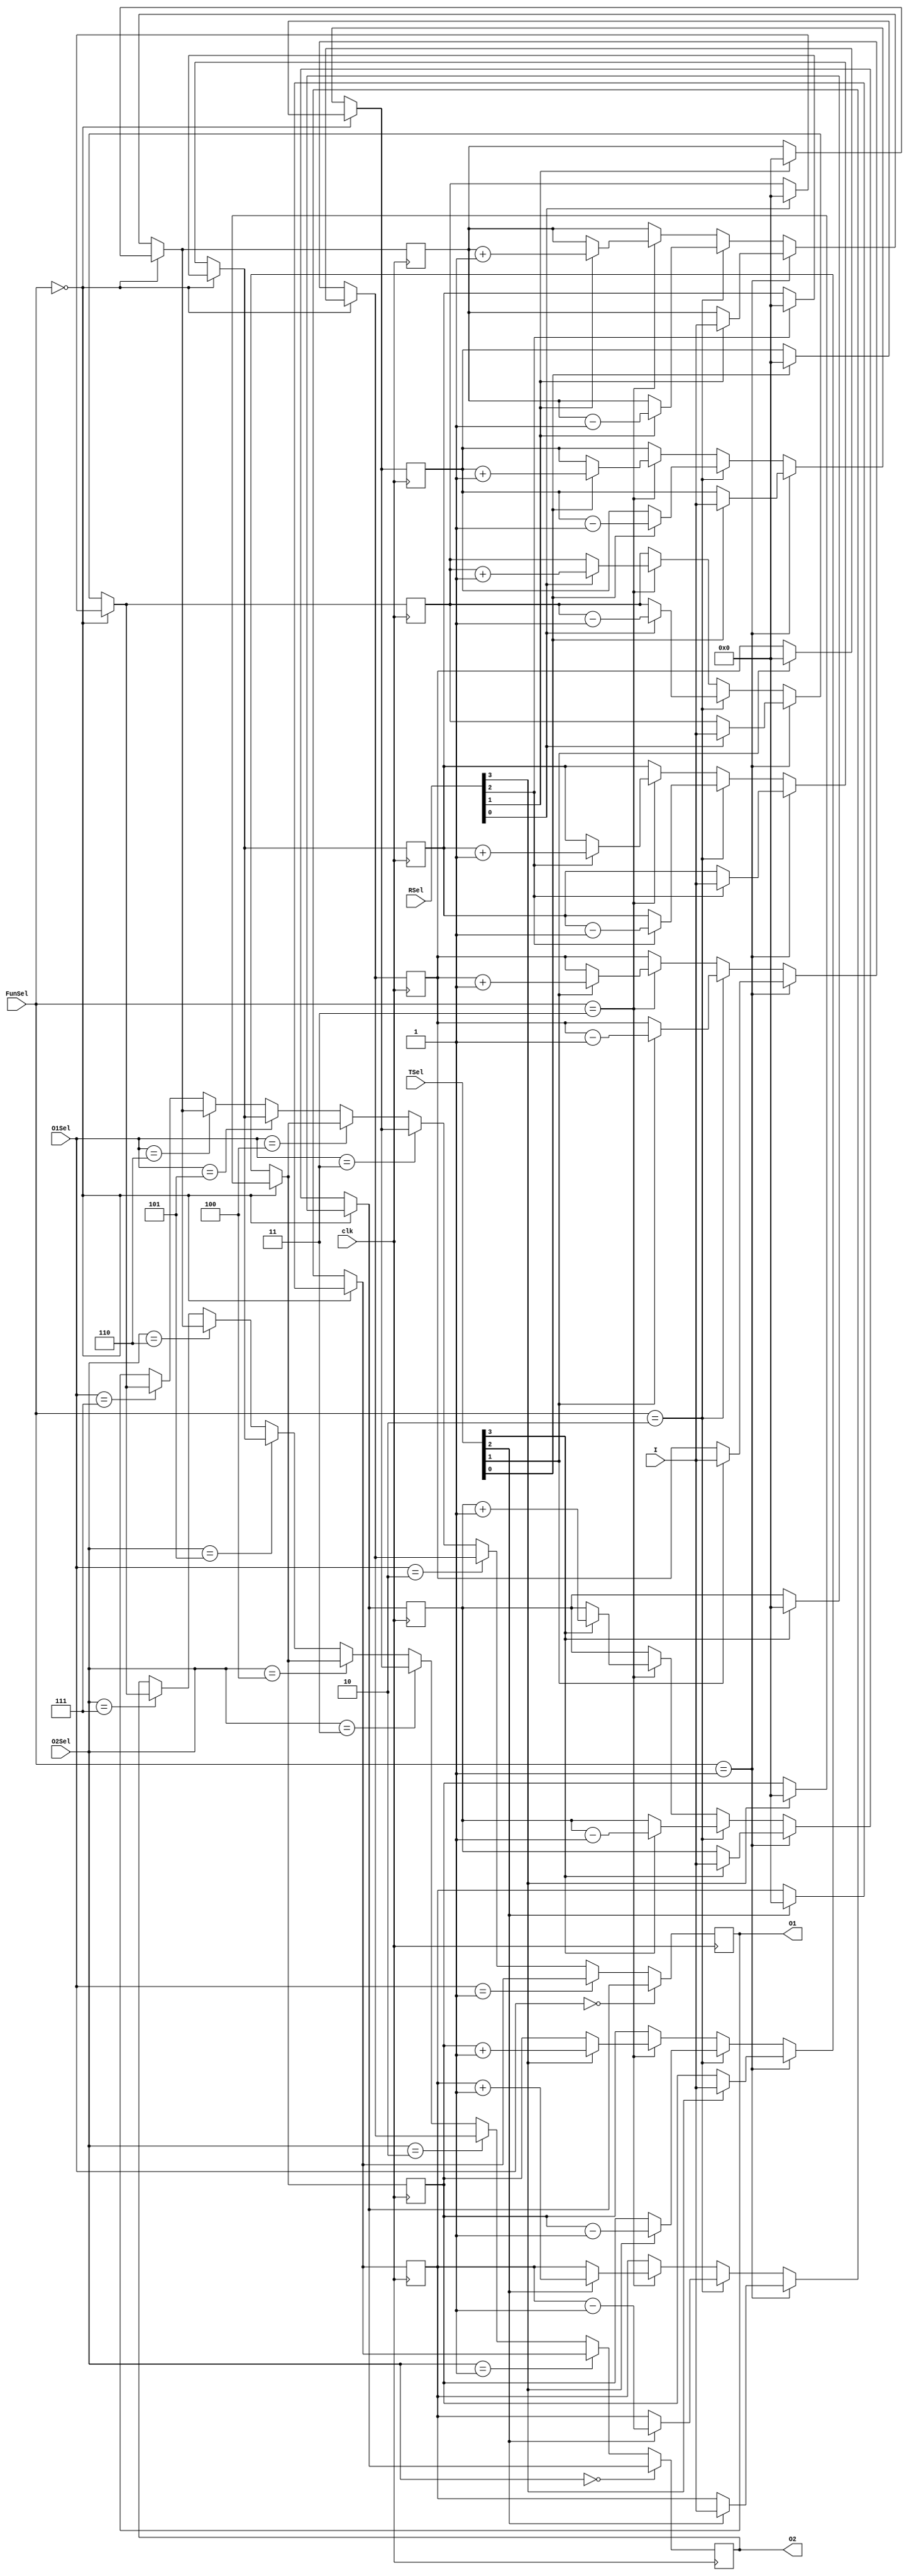
module part2b (
    input clk,
    input [7:0] I,
    input [2:0] O1Sel,
    input [2:0] O2Sel,
    input [1:0] FunSel,
    input [3:0] RSel,
    input [3:0] TSel,
    output reg [7:0] O1,
    O2
);

    reg [7:0] R1;
    reg [7:0] R2;
    reg [7:0] R3;
    reg [7:0] R4;
    
    reg [7:0] T1;
    reg [7:0] T2;
    reg [7:0] T3;
    reg [7:0] T4;
 
    always @ (posedge clk) begin

        if(FunSel == 2'b00) begin
            if(RSel[0] == 1) 
                 R4 = 8'b00000000;
            if(RSel[1] == 1) 
                 R3 = 8'b00000000;
            if(RSel[2] == 1) 
                 R2 = 8'b00000000;
            if(RSel[3] == 1) 
                 R1 = 8'b00000000;
            if(TSel[0] == 1) 
                 T4 = 8'b00000000;
            if(TSel[1] == 1) 
                 T3 = 8'b00000000;
            if(TSel[2] == 1) 
                 T2 = 8'b00000000;
            if(TSel[3] == 1) 
                 T1 = 8'b00000000;
        end
        else if(FunSel == 2'b01) begin
            if(RSel[0])  R4 = I;
            if(RSel[1])  R3 = I;
            if(RSel[2])  R2 = I;
            if(RSel[3])  R1 = I;
            if(TSel[0])  T4 = I;
            if(TSel[1])  T3 = I;
            if(TSel[2])  T2 = I;
            if(TSel[3])  T1 = I;
        end
        else if(FunSel == 2'b10) begin
            if(RSel[0])  R4 = R4 - 1;
            if(RSel[1])  R3 = R3 - 1;
            if(RSel[2])  R2 = R2 - 1;
            if(RSel[3])  R1 = R1 - 1;
            if(TSel[0])  T4 = T4 - 1;
            if(TSel[1])  T3 = T3 - 1;
            if(TSel[2])  T2 = T2 - 1;
            if(TSel[3])  T1 = T1 - 1;
        end
        else if(FunSel == 2'b11) begin
            if(RSel[0])  R4 = R4 + 1;
            if(RSel[1])  R3 = R3 + 1;
            if(RSel[2])  R2 = R2 + 1;
            if(RSel[3])  R1 = R1 + 1;
            if(TSel[0])  T4 = T4 + 1;
            if(TSel[1])  T3 = T3 + 1;
            if(TSel[2])  T2 = T2 + 1;
            if(TSel[3])  T1 = T1 + 1;
        end
                
        if( O1Sel == 3'b000)  O1 = T1;
        else if( O1Sel == 3'b001)  O1 = T2;
        else if( O1Sel == 3'b010)  O1 = T3;
        else if( O1Sel == 3'b011)  O1 = T4;
        else if( O1Sel == 3'b100)  O1 = R1;
        else if( O1Sel == 3'b101)  O1 = R2;
        else if( O1Sel == 3'b110)  O1 = R3;
        else if( O1Sel == 3'b111)  O1 = R4;


        if( O2Sel == 3'b000)  O2 = T1;
        else if( O2Sel == 3'b001)  O2 = T2;
        else if( O2Sel == 3'b010)  O2 = T3;
        else if( O2Sel == 3'b011)  O2 = T4;
        else if( O2Sel == 3'b100)  O2 = R1;
        else if( O2Sel == 3'b101)  O2 = R2;
        else if( O2Sel == 3'b110)  O2 = R3;
        else if( O2Sel == 3'b111)  O2 = R4;

    end 
endmodule